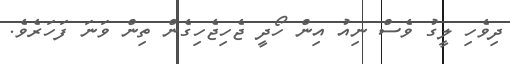
ދިވެހި ލީގު ވެސް ނިއު އިން ހޯދީ ޖެހިޖެހިގެން ތިން ވަނަ ފަހަރެވެ.